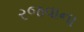
રજવાના